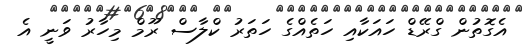
އެގޮތުން ގްރޭޑް ހައަކާއި ހަތެއްގެ ހަތަރު ކްލާސް ރޫމް މިހާރު ވަނީ އެ